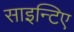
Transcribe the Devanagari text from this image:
साइन्टिए